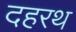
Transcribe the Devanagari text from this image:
दहरथ